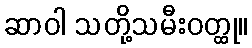
ဆာဝါ သတို့သမီးဝတ္ထု။